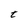
Character: t